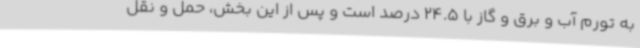
به تورم آب و برق و گاز با 24.5 درصد است و پس از این بخش، حمل و نقل